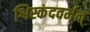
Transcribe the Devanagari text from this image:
श्विस्कंदवर्मन्